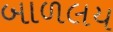
બાળલય